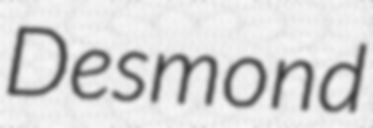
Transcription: Desmond